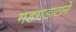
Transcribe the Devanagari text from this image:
गडगडाटाने